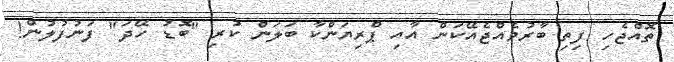
ތޮއްޖެހި ފިތި ބާރުވެއްޖެއޭކަން އާއި ޕްރިޔަންކާ ބަލަން ކުރި "ބޮޑު ހޭދަ" ފަނުފުލުން!